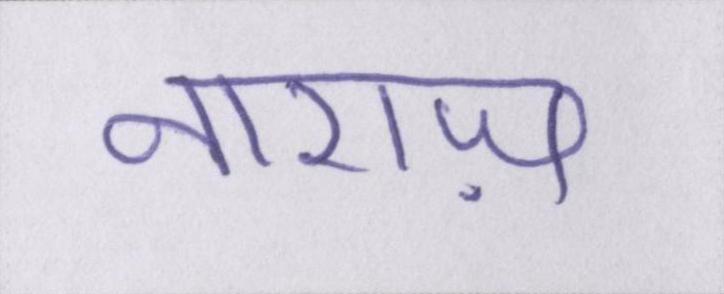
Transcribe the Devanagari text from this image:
नाराज़